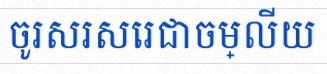
ចូរសរសេរជាចម្លើយ